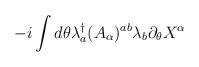
\begin{align*}-i\int d\theta\lambda^\dag_a(A_\alpha)^{ab}\lambda_b\partial_\theta X^\alpha\end{align*}